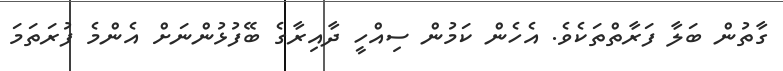
ގާތުން ބަލާ ފަރާތްތަކެވެ. އެހެން ކަމުން ސިއްހީ ދާއިރާގެ ބޭފުޅުންނަށް އެންމެ ފުރަތަަމަ